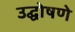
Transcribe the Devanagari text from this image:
उद्घोषणे